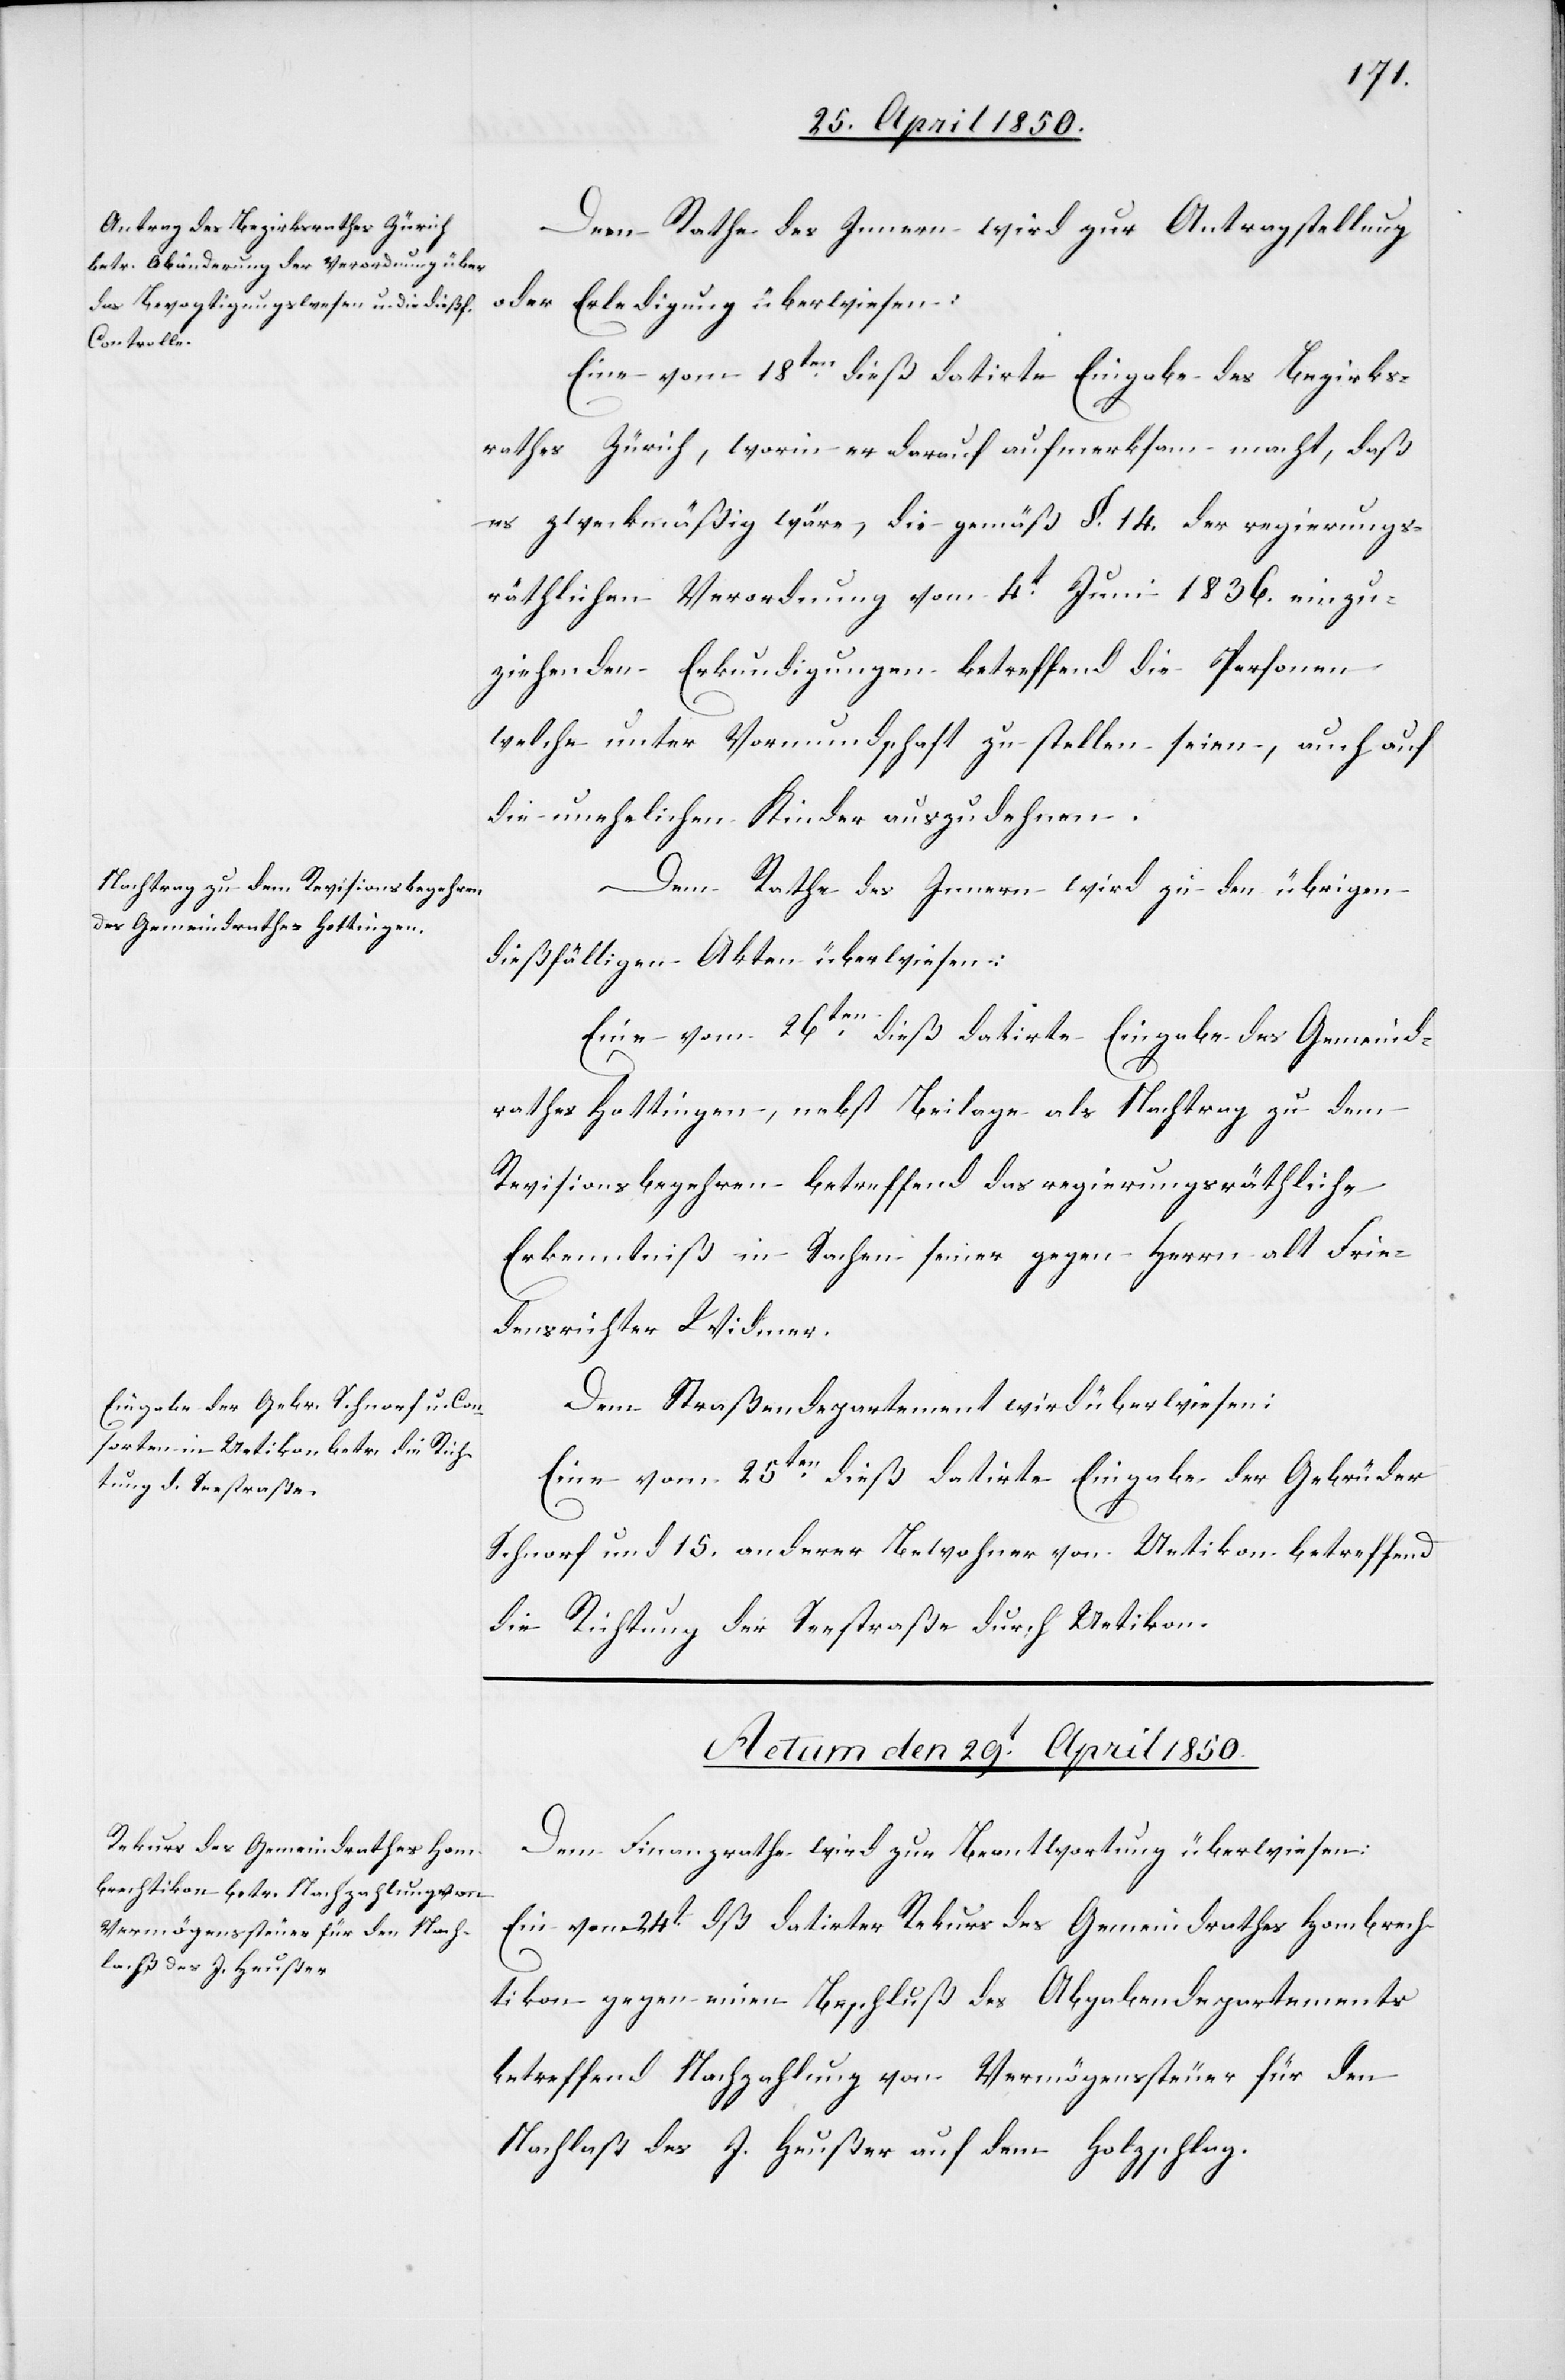
Dem Rathe des Innern wird zur Antragstellung
oder Erledigung überwiesen:
Eine vom 18ten dieß datirte Eingabe des Bezirks¬
rathes Zürich, worin er darauf aufmerksam macht, daß
es zweckmäßig wäre, die gemäß §. 14. der regierungs¬
räthlichen Verordnung vom 4t Juni 1836. einzu¬
ziehenden Erkundigungen betreffend die Personen
welche unter Vormundschaft zu stellen seien, auch auf
die unehelichen Kinder auszudehnen.
Dem Rathe des Innern wird zu den übrigen
dießfälligen Akten überwiesen:
Eine vom 26ten dieß datirte Eingabe des Gemeind¬
rathes Hottingen, nebst Beilage als Nachtrag zu dem
Revisionsbegehren betreffend das regierungsräthliche
Erkenntniß in Sachen seiner gegen Herrn alt Frie¬
densrichter Widmer.
Dem Straßendepartement wird überwiesen:
Eine vom 25ten dieß datirte Eingabe der Gebrüder
Schnorf und 15. anderer Bewohner von Uetikon betreffend
die Richtung der Seestraße durch Uetikon.
Actum den 29t April 1850.
Dem Finanzrathe wird zur Beantwortung überweisen:
Ein vom 24t dß datirter Rekurs des Gemeindrathes Hombrech¬
tikon gegen einen Beschluß des Abgabendepartements
betreffend Nachzahlung von Vermögenssteuer für den
Nachlaß des J. Heußer auf dem Holzschlag.